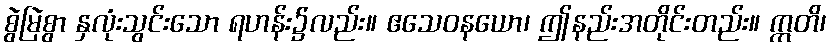
စွဲမြဲစွာ နှလုံးသွင်းသော ရဟန်း၌လည်း။ ဧသေဝနယော၊ ဤနည်းအတိုင်းတည်း။ ဣတိ၊